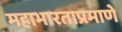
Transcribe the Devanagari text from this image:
महाभारताप्रमाणे